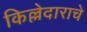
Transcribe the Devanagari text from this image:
किल्लेदाराचे